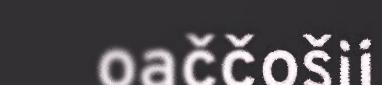
oaččošii